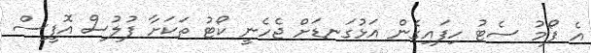
އެ ފޯމު ސެޓު ހިފައިގެން އަޅުގަނޑަށް ޖެހެނީ ކޯޓު ތަކަށާ ފުލުސް އޮފީސް